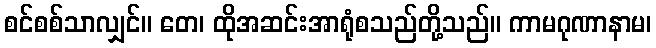
စင်စစ်သာလျှင်။ တေ၊ ထိုအဆင်းအာရုံစသည်တို့သည်။ ကာမဂုဏာနာမ၊